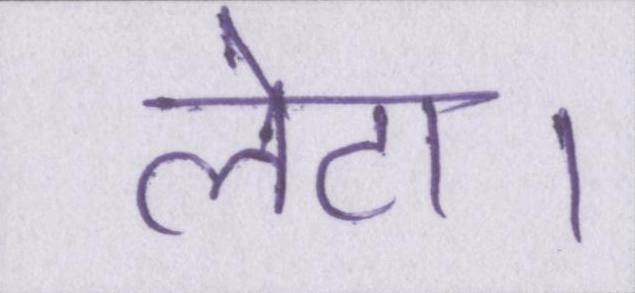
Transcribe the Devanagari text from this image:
लेटा।